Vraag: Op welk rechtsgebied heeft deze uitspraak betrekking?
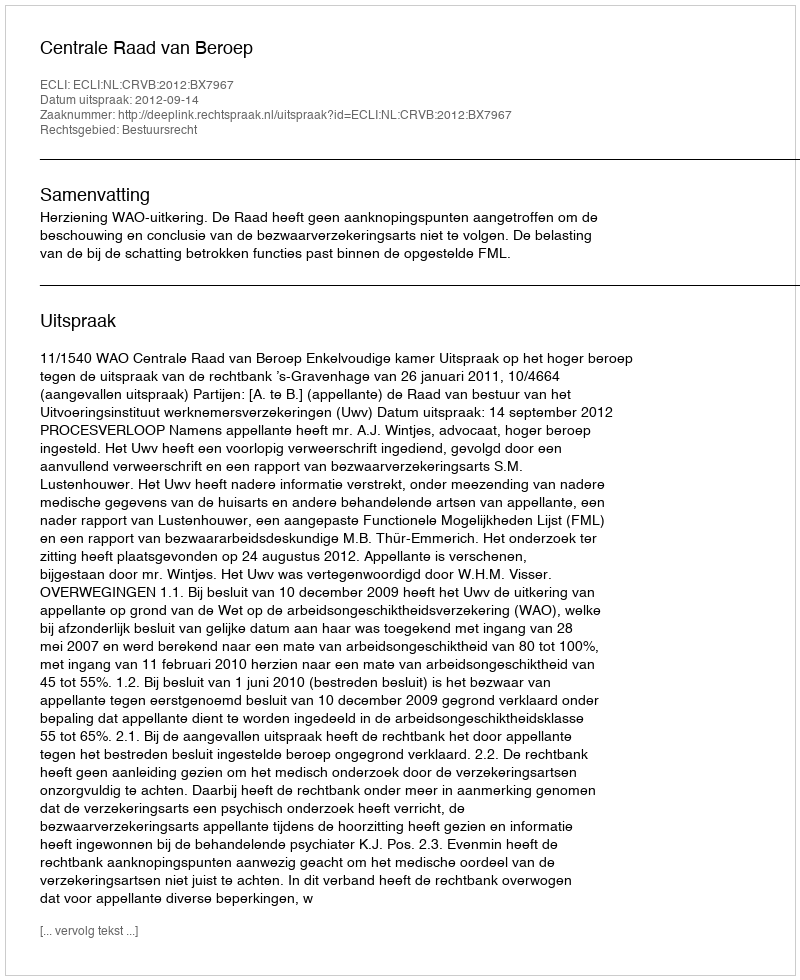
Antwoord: Bestuursrecht